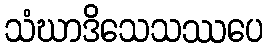
သံဃာဒိသေသဿပေ